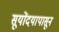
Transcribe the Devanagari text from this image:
सूयोंदयापासून